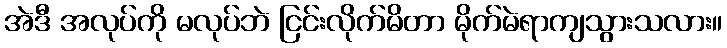
အဲဒီ အလုပ်ကို မလုပ်ဘဲ ငြင်းလိုက်မိတာ မိုက်မဲရာကျသွားသလား။